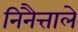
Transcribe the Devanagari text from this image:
निनैत्ताले